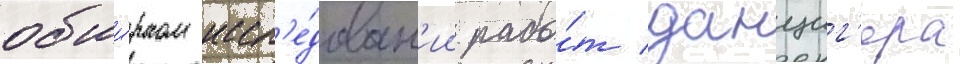
обши́рном иссл'е́дован'ии рабо́т данциг'ера